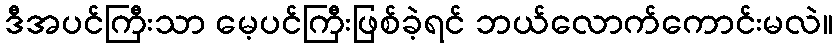
ဒီအပင်ကြီးသာ မေ့ပင်ကြီးဖြစ်ခဲ့ရင် ဘယ်လောက်ကောင်းမလဲ။